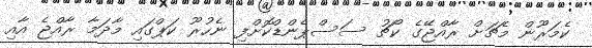
ކެމަރޫން މެޗަށް ރާއްޖޭގެ ކޯޗު ސަސްޕެންޑްކޮށްފި ނެހުރޫ ކަޕްގައި މާދަމާ ރާއްޖެ އާއި